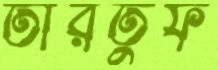
তারতুফ